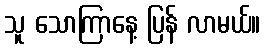
သူ သောကြာနေ့ ပြန် လာမယ်။